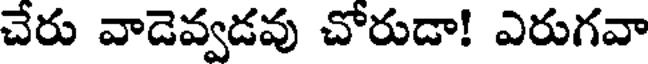
చేరు వాడెవ్వడవు చోరుడా! ఎరుగవా